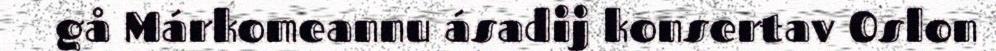
gå Márkomeannu ásadij konsertav Oslon